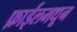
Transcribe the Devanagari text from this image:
फ़ाईलमधून